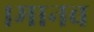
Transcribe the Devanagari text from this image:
।मानव